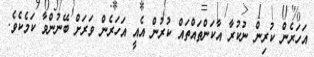
އަހަރެން ކުރިން ނުކުރާ އާކަންތައްތައް ކުރުން އެއީ އަހަރެން ވަރަށް ބޭނުންވާ ކަމެކެވެ.